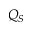
Q _ { S }